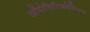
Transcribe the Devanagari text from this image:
ऑपोसिटिफ़ोलियम